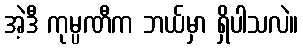
အဲ့ဒီ ကုမ္ပဏီက ဘယ်မှာ ရှိပါသလဲ။